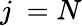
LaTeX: j~=N